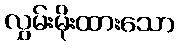
လွှမ်းမိုးထားသော